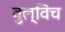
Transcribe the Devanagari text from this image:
वुल्विच